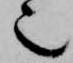
也